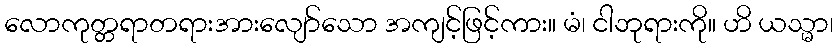
လောကုတ္တရာတရားအားလျော်သော အကျင့်ဖြင့်ကား။ မံ၊ ငါဘုရားကို။ ဟိ ယသ္မာ၊